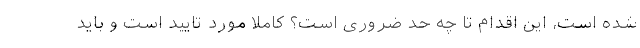
شده است، این اقدام تا چه حد ضروری است؟ کاملا مورد تایید است و باید